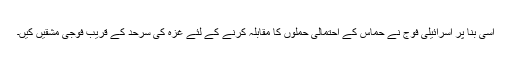
اسی بنا پر اسرائیلی فوج نے حماس کے احتمالی حملوں کا مقابلہ کرنے کے لئے غزہ کی سرحد کے قریب فوجی مشقیں کیں۔